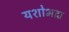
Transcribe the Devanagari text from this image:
यशोभद्रा